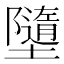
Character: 𡓗